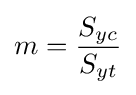
m={\frac {S_{yc}}{S_{yt}}}